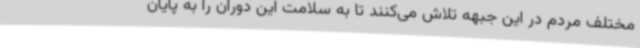
مختلف مردم در این جبهه تلاش ‌می‌کنند تا به سلامت این دوران را به پایان